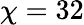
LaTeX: \chi=32